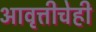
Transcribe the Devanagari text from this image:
आवृत्तीचेही